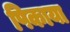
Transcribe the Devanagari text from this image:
पिकाया